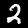
Digit: 2